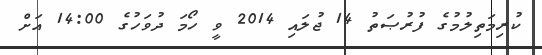
ކުރިމަތިލުމުގެ ފުރުޞަތު 14 ޖުލައި 2014 ވީ ހޯމަ ދުވަހުގެ 14:00 އަށް